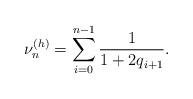
LaTeX: \begin{align*}\nu _{n}^{\left( h\right) }=\sum_{i=0}^{n-1}\frac{1}{1+2q_{i+1}}.\end{align*}